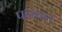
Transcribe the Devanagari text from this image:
पनवल